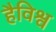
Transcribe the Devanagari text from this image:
हैविश्व